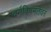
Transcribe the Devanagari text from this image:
वर्गविषमतेवर